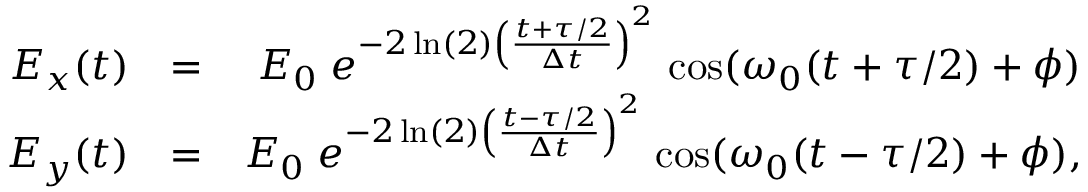
\begin{array} { r l r } { E _ { x } ( t ) } & { = } & { E _ { 0 } \; e ^ { - 2 \ln ( 2 ) \left( \frac { t + \tau / 2 } { \Delta t } \right) ^ { 2 } } \; \mathrm { c o s } ( \omega _ { 0 } ( t + \tau / 2 ) + \phi ) } \\ { E _ { y } ( t ) } & { = } & { E _ { 0 } \; e ^ { - 2 \ln ( 2 ) \left( \frac { t - \tau / 2 } { \Delta t } \right) ^ { 2 } } \; \mathrm { c o s } ( \omega _ { 0 } ( t - \tau / 2 ) + \phi ) , } \end{array}